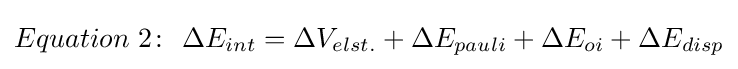
Equation\ 2\colon \ \Delta E_{int}=\Delta V_{elst.}+\Delta E_{pauli}+\Delta E_{oi}+\Delta E_{disp}